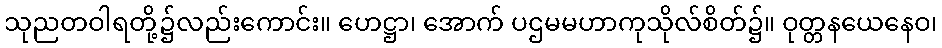
သုညတဝါရတို့၌လည်းကောင်း။ ဟေဋ္ဌာ၊ အောက် ပဌမမဟာကုသိုလ်စိတ်၌။ ဝုတ္တနယေနေဝ၊